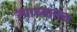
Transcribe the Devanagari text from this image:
त्याच्यातच